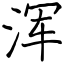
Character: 浑